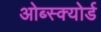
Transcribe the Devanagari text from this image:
ओब्स्क्योर्ड